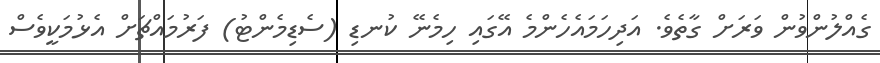
ގެއްލުންވުން ވަރަށް ގާތެވެ. އަދިހަމައެހެންމެ އޭގައި ހިމެނޭ ކުނޑި (ސެޑިމެންޓު) ފަރުމައްޗަށް އެޅުމަކީވެސް